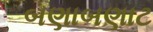
બણાબણાટ